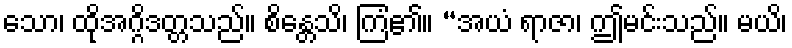
သော၊ ထိုအဂ္ဂိဒတ္တသည်။ စိန္တေသိ၊ ကြံ၏။ “အယံ ရာဇာ၊ ဤမင်းသည်။ မယိ၊